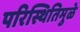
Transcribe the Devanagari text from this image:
परिस्थितिमुळे